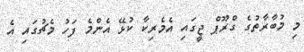
މި މުބާރާތުގެ ގްރޫޕް ޖީގައި އެމެރިކާ ކުޅޭ އެންމެ ފަހު މެޗުގައި އެ